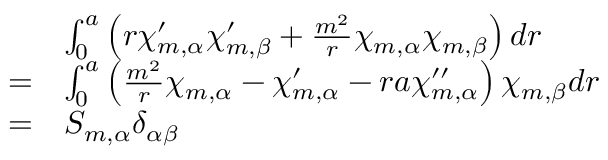
\begin{array} { r l } & { \int _ { 0 } ^ { a } \left( r \chi _ { m , \alpha } ^ { \prime } \chi _ { m , \beta } ^ { \prime } + \frac { m ^ { 2 } } { r } \chi _ { m , \alpha } \chi _ { m , \beta } \right) d r } \\ { = } & { \int _ { 0 } ^ { a } \left( \frac { m ^ { 2 } } { r } \chi _ { m , \alpha } - \chi _ { m , \alpha } ^ { \prime } - r a \chi _ { m , \alpha } ^ { \prime \prime } \right) \chi _ { m , \beta } d r } \\ { = } & { S _ { m , \alpha } \delta _ { \alpha \beta } } \end{array}